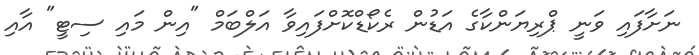
ނަށާފައި ވަނީ ޕްރިޔަންކާގެ އަޑުން ރެކޯޑްކޮށްފައިވާ އަލްބަމް "އިން މައި ސިޓީ" އާއި